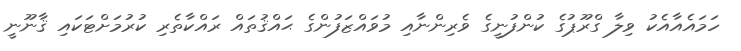
ހަމައެއާއެކު ވިލާ ގްރޫޕުގެ ކުންފުނީގެ ވެރިންނާއި މުވައްޒަފުންގެ ޙައްޤުތައް ރައްކާތެރި ކުރުމަށްޓަކައި ޤާނޫނީ